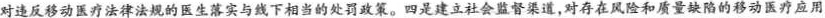
对违反移动医疗法律法规的医生落实与线下相当的处罚政策，四是建立社会监督渠道，对存在风险和质量缺陷的移动医疗应用